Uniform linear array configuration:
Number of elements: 8
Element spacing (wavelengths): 1
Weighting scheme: cosine
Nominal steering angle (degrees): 60
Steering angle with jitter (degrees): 60.368
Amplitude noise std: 0.05
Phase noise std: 0.05

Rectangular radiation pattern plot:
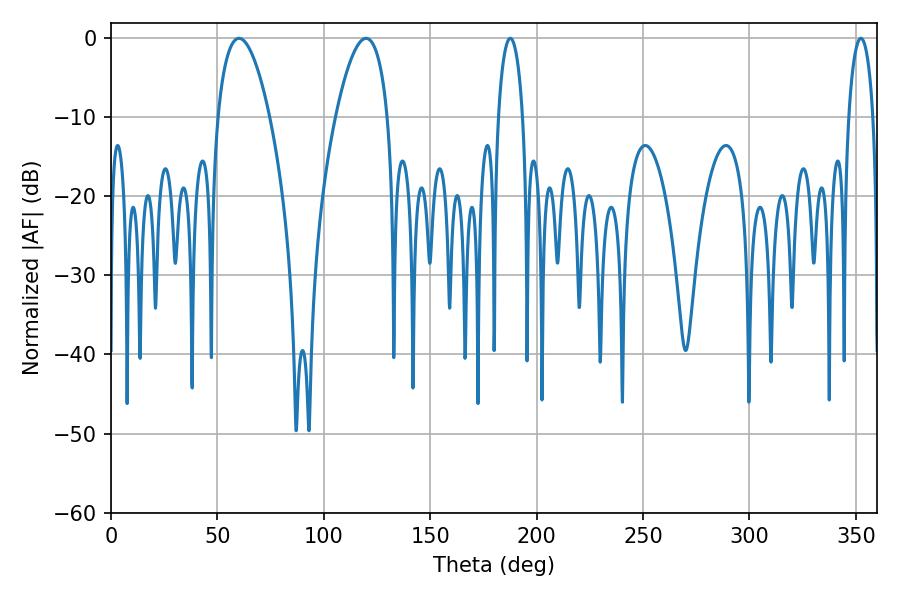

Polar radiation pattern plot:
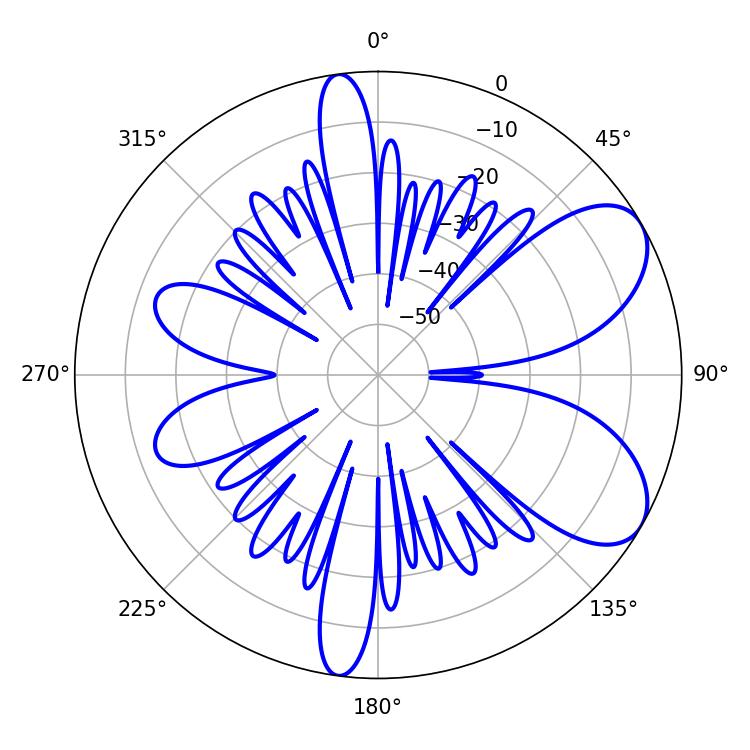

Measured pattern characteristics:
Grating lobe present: TRUE
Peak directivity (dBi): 7.106
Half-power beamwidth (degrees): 13.68
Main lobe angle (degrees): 60.12